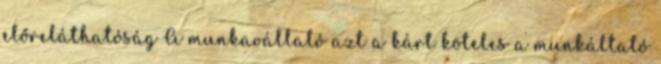
előreláthatóság A munkavállaló azt a kárt köteles a munkáltató